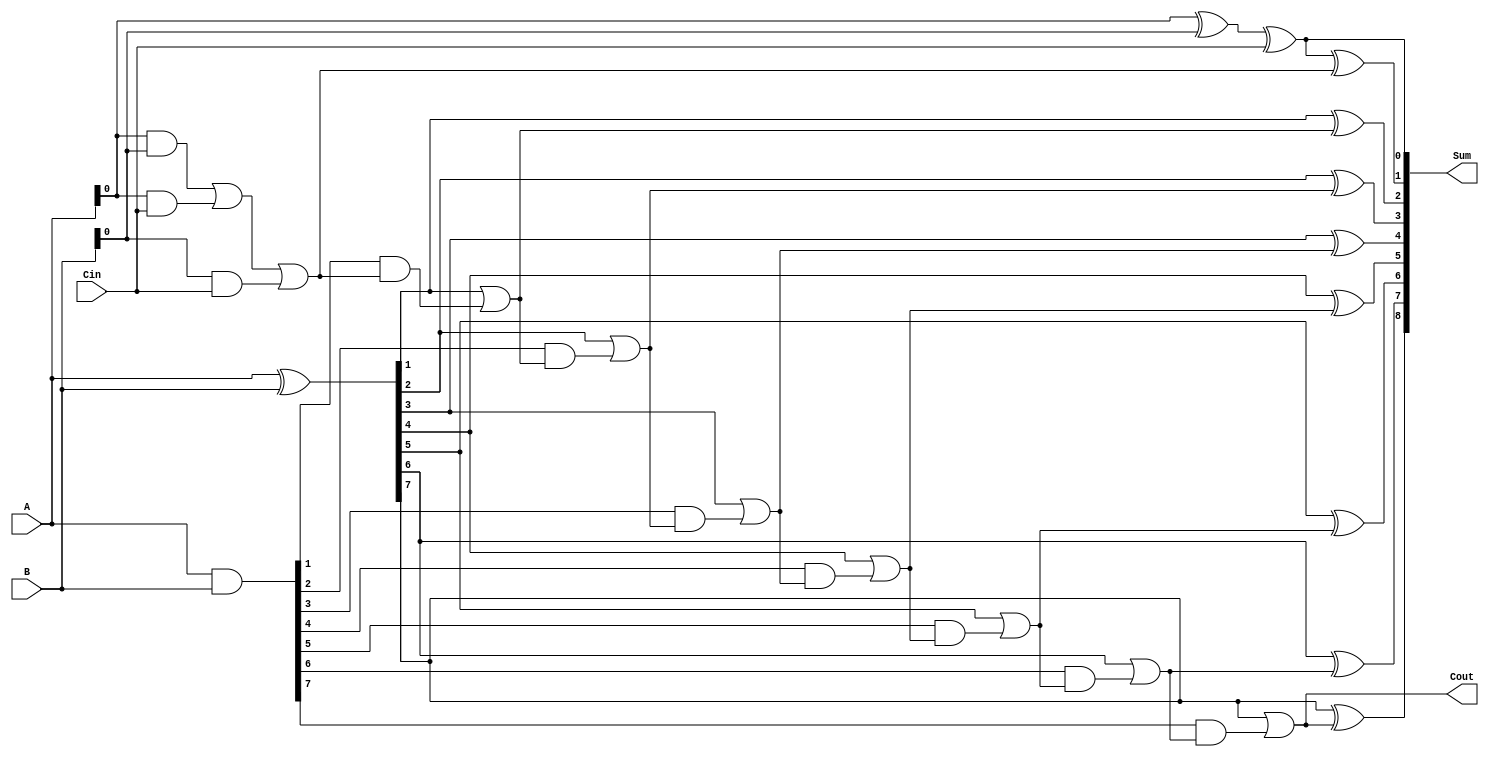
module carry_skip_adder (
  input wire [7:0] A,
  input wire [7:0] B,
  input wire Cin,
  output reg [8:0] Sum,
  output reg Cout
);

wire [8:0] P, G;
reg [8:1] C;
integer i;

// Generate P and G signals
assign P = A ^ B;
assign G = A & B;

// Calculate P and G for the first full adder
assign P[0] = A[0] ^ B[0] ^ Cin;
assign G[0] = A[0] & B[0] | A[0] & Cin | B[0] & Cin;

// Calculate C for all full adders
always @* begin
  C[1] = G[0];
  for (i = 1; i < 8; i = i + 1) begin
    C[i + 1] = P[i] | (G[i] & C[i]);
  end
end

// Calculate Sum and Cout
always @* begin
  Sum[0] = A[0] ^ B[0] ^ Cin;
  Cout = C[8];
  for (i = 0; i < 8; i = i + 1) begin
    Sum[i + 1] = P[i] ^ C[i + 1];
  end
end

endmodule